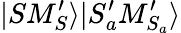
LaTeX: |SM_{S}^{\prime}\rangle|S_{a}^{\prime}M_{S_{a}}^{\prime}\rangle